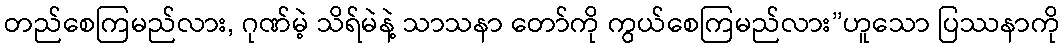
တည်စေကြမည်လား, ဂုဏ်မဲ့ သိရ်မဲနဲ့ သာသနာ တော်ကို ကွယ်စေကြမည်လား”ဟူသော ပြဿနာကို